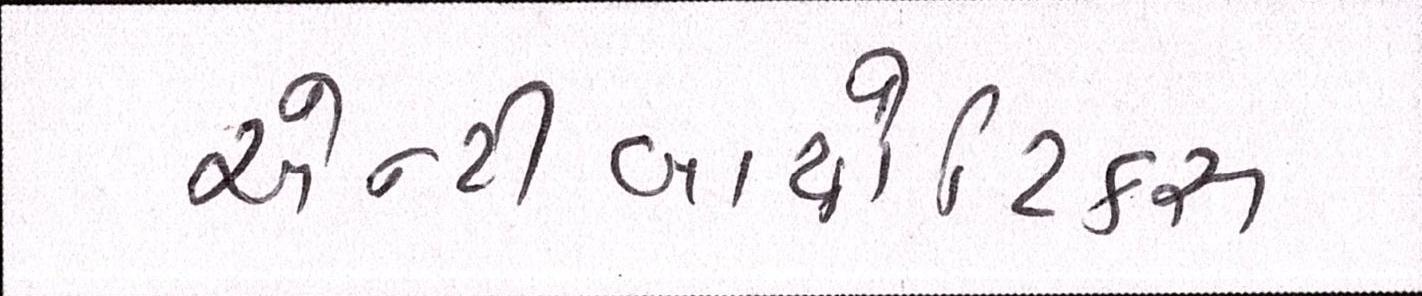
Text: એન્ટીબાયોટિકસ